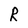
Character: R